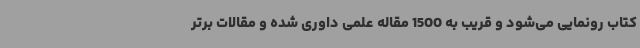
کتاب رونمایی می‌شود و قریب به 1500 مقاله علمی داوری شده و مقالات برتر